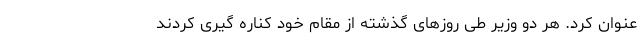
عنوان کرد. هر دو وزیر طی روزهای گذشته از مقام خود کناره گیری کردند